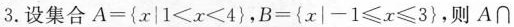
3.设集合$$A=\left\{x | 1<x<4\right\}$$，$$B=\left\{x |-1 \leqslant x \leqslant 3\right\}$$，则A\cap